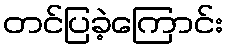
တင်ပြခဲ့ကြောင်း